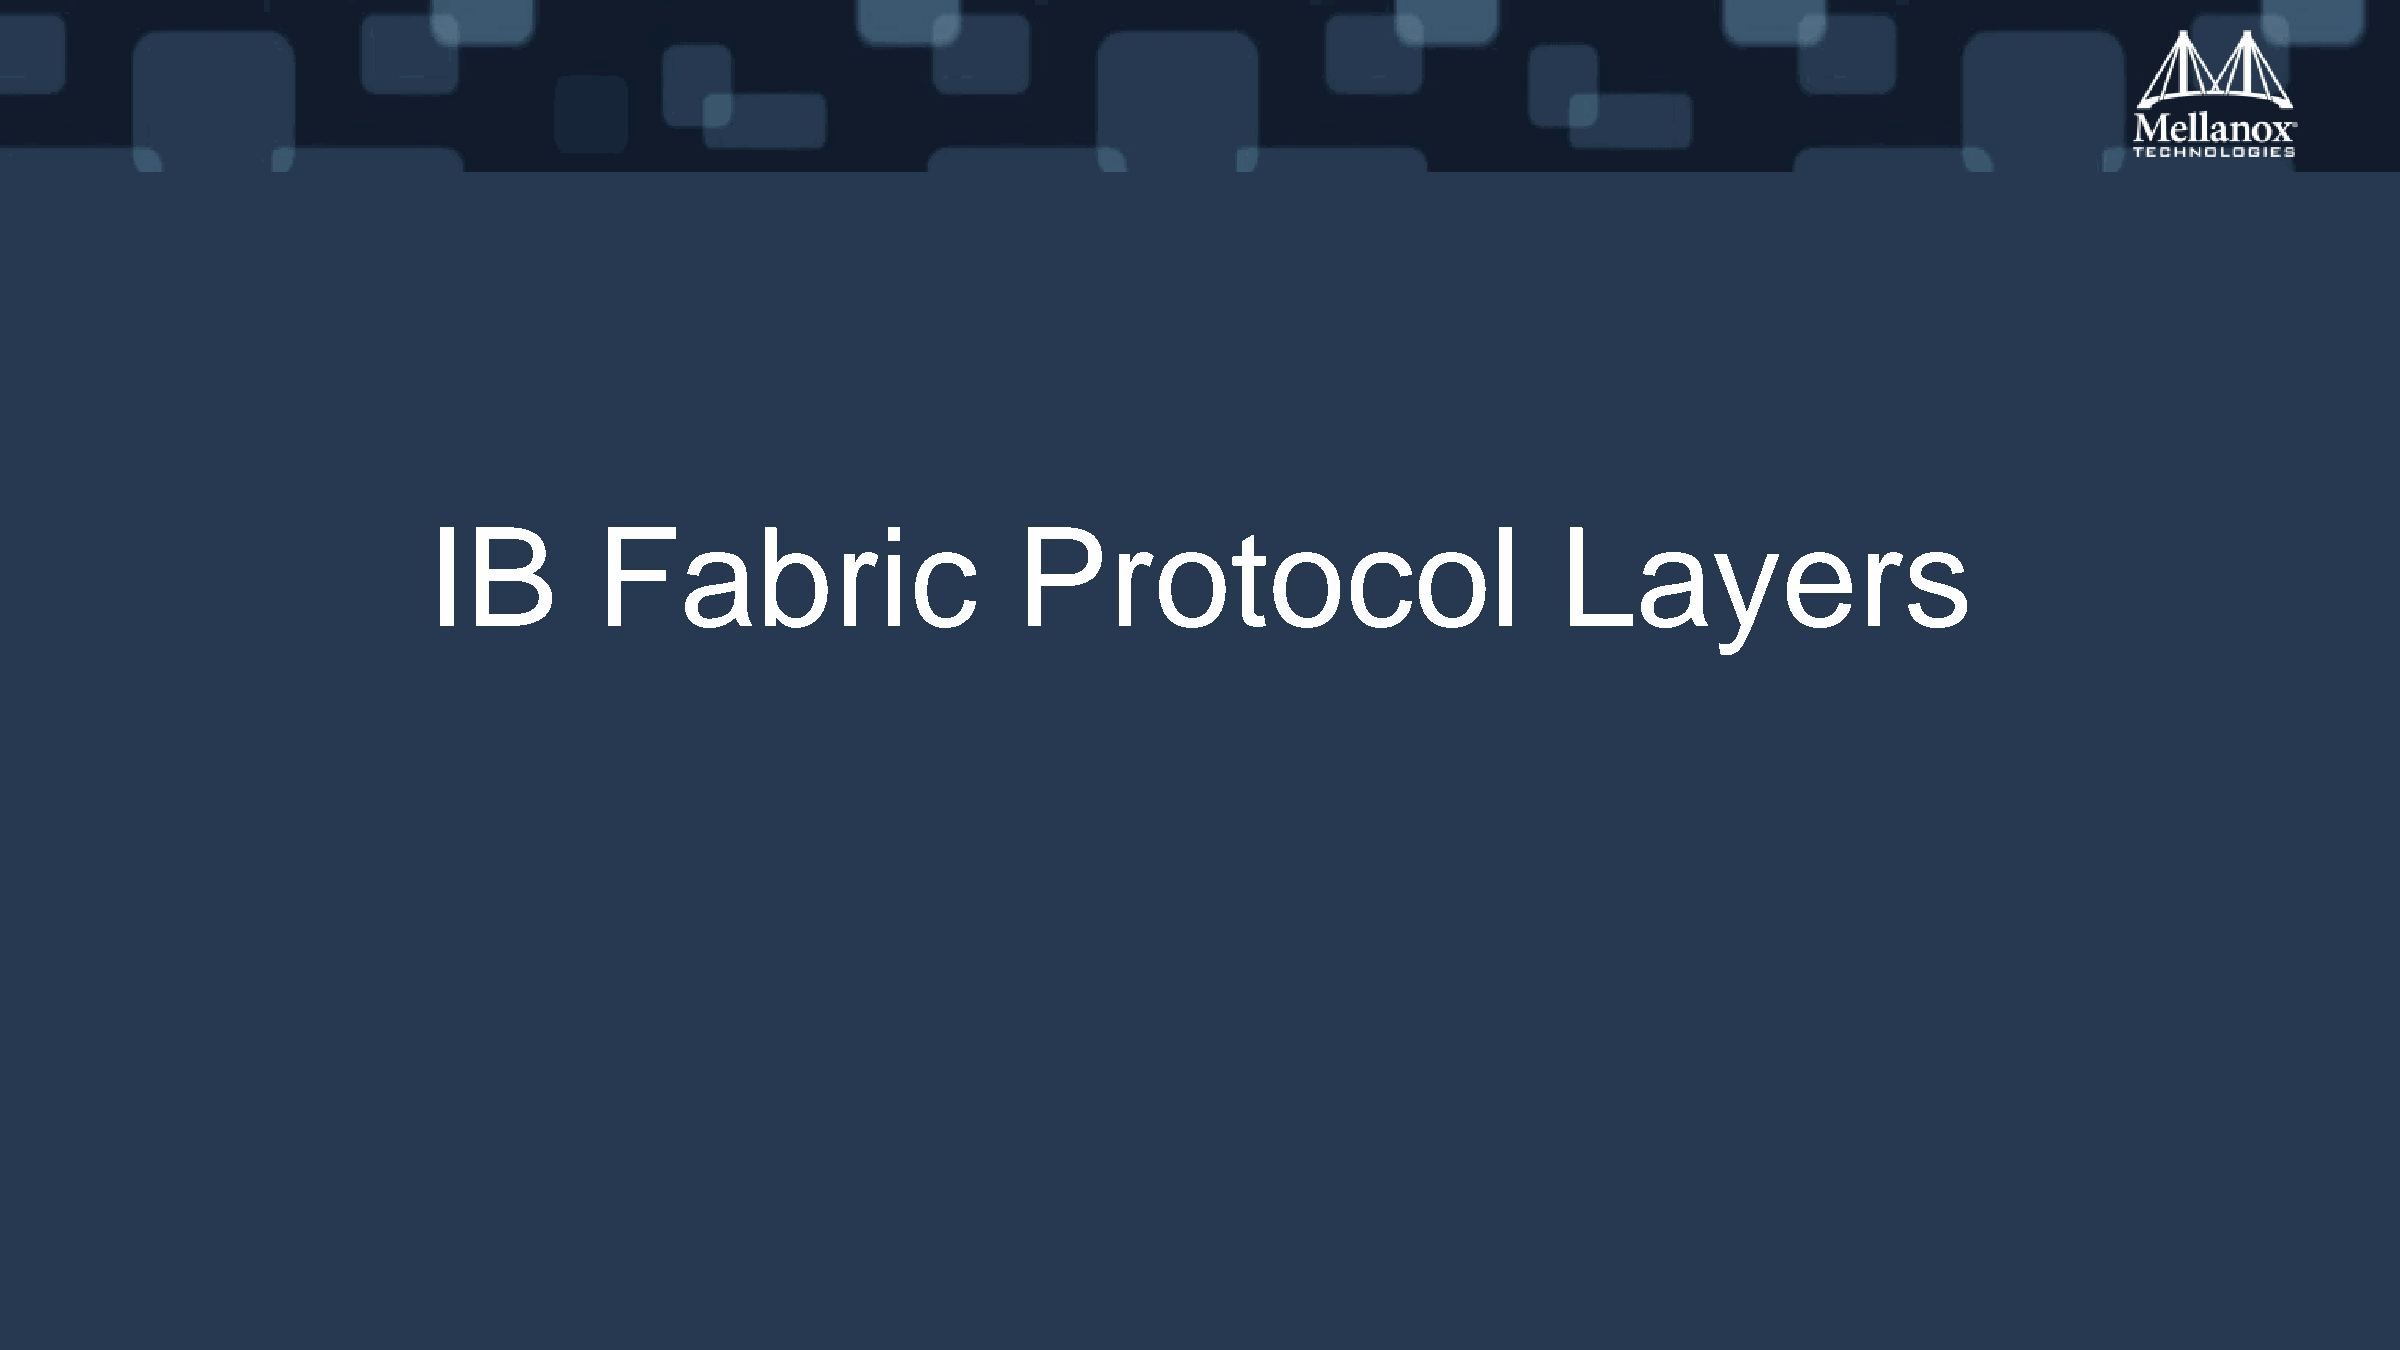
IB         Fabric                      Protocol                            Layers
 Mellanox Training Center                                            Training Material                                                            44